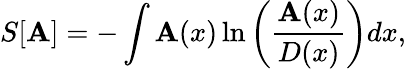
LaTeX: S[\mathbf{A}]=-\int\mathbf{A}(x)\ln\left(\frac{{\mathbf{A}(x)}}{{D(x)}}\right)dx,